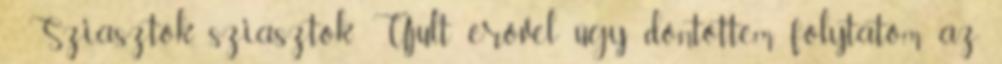
- Sziasztok, sziasztok Újult erővel úgy döntöttem folytatom az